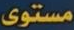
مستوى